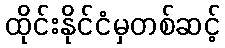
ထိုင်းနိုင်ငံမှတစ်ဆင့်